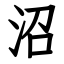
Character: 沼